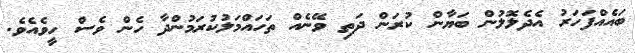
ބައެއްފަހަރު އެދެލޮލުން ބަޔާން ކުރަން ދަތި ވޭނެއް ތަހައްމަލުކުރަމުންދާ ހެން ވެސް ހީވެއެވެ.